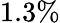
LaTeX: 1.3\%